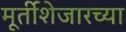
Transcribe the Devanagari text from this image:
मूर्तीशेजारच्या